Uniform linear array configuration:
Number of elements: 32
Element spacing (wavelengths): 0.25
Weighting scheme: kaiser
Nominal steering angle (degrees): -15
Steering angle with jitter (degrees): -16.839
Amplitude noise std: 0.05
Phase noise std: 0.05

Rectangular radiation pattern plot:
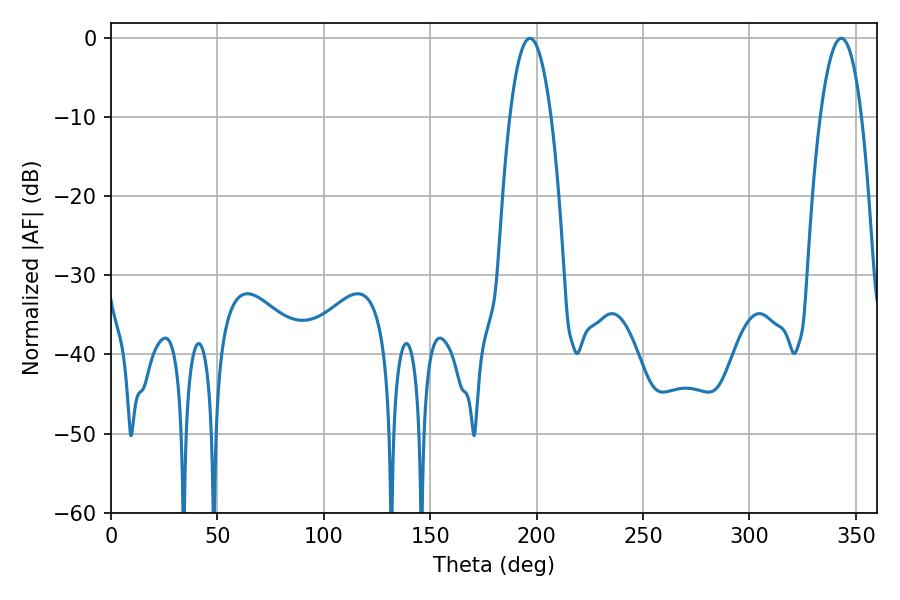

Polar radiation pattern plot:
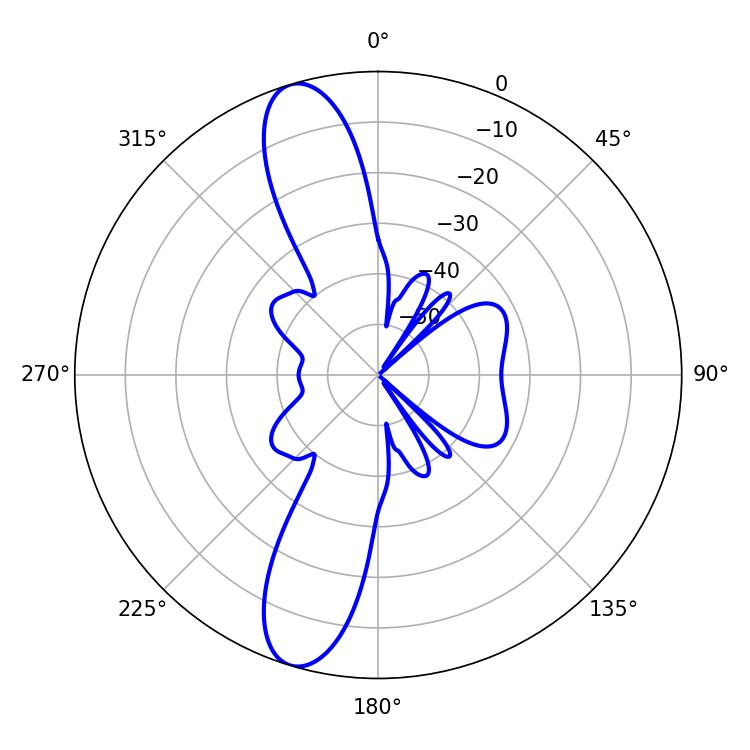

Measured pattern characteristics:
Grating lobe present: FALSE
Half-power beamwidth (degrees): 10.8
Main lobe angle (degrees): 343.08